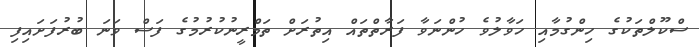
ސްކޫލްތަކުގެ ހިންގުމާއި ހަވާލުވެ ހުންނަވާ ފަރާތްތައް އިތުރަށް ތަމްރީނުކުރުމުގެ ފަސް ވަނަ ބުރުފަށައިފި